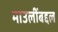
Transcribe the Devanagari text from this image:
माउलींबद्दल